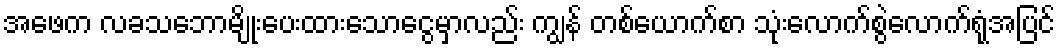
အဖေက လခသဘောမျိုးပေးထားသောငွေမှာလည်း ကျွန် တစ်ယောက်စာ သုံးလောက်စွဲလောက်ရုံအပြင်